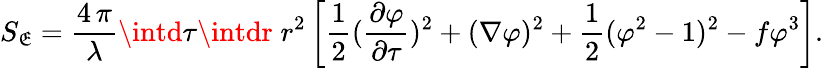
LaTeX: S_{\mathfrak{E}}={\frac{{4\, \pi}}{{\lambda}}}\intd\tau\intdr\; r^{2}\left[{\frac{{1}}{{2}}}{({\frac{{\partial\varphi}}{{\partial\tau}}})^{2}+(\nabla\varphi)^{2}}+{\frac{{1}}{{2}}}(\varphi^{2}-1)^{2}-f\varphi^{3}\right].